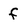
Character: f